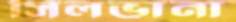
সিলভানা